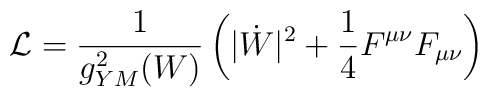
{\cal L} = {1 \over g^2_{YM}(W)} \left( |\dot{W}|^2 + {1 \over 4} F^{\mu \nu} F_{\mu \nu} \right)